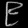
Digit: ၉